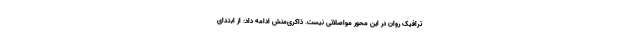
ترافیک روان در این محور مواصلاتی نیست. ذاکری‌منش ادامه داد: از ابتدای